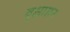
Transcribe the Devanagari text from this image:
वृक्षासन